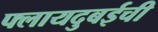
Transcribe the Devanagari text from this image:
फ्लायदुबईची